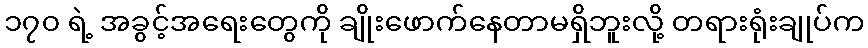
၁၇၀ ရဲ့ အခွင့်အရေးတွေကို ချိုးဖောက်နေတာမရှိဘူးလို့ တရားရုံးချုပ်က